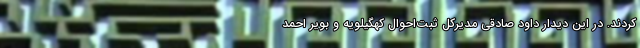
کردند. در این دیدار داود صادقی مدیرکل ثبت‌احوال کهگیلویه و بویر احمد